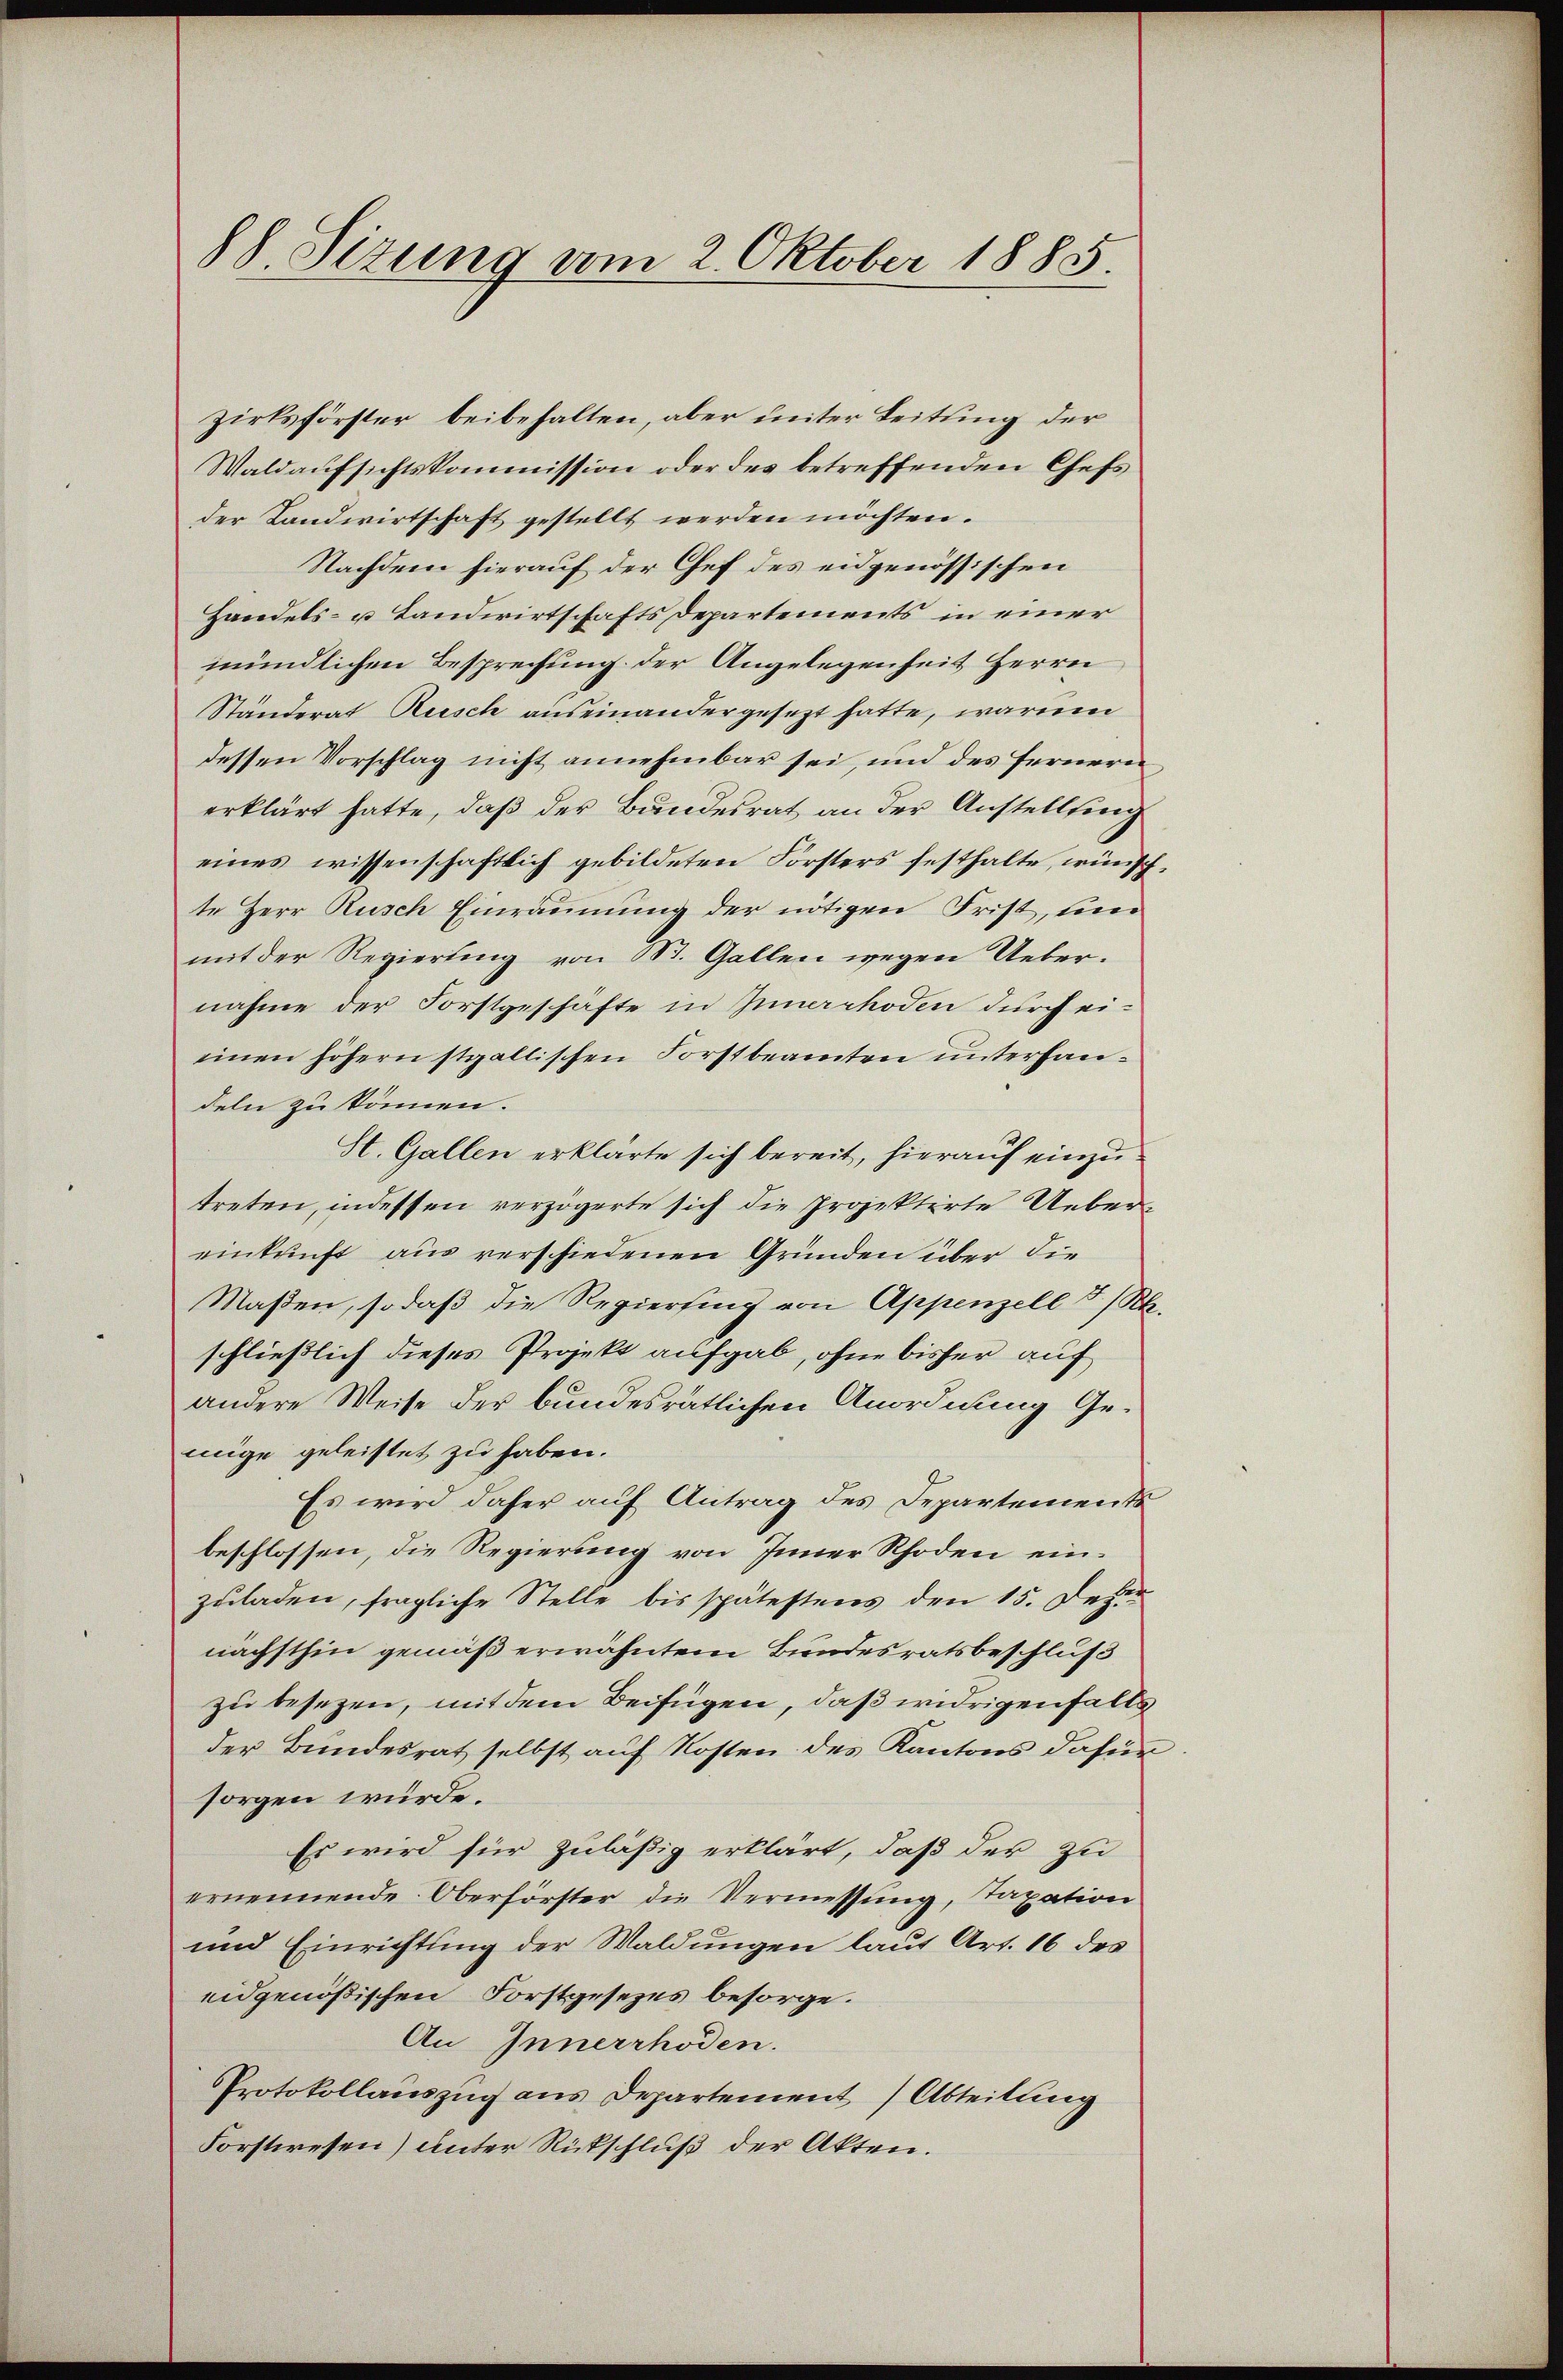
88. Sizung am 2. Oktober 1885.

zirksförster beibehalten, aber unter Leitung der
Waldaufsichtskommission oder des betreffenden Chefs
der Landwirtschaft gestellt werden möchten.
Nachdem hierauf der Chef des eidgenössischen
Handels- u Landwirtschafts Departements in einer
mündlichen Besprechung der Angelegenheit Herrn
Ständerat Reisch auseinandergesezt hatte, warum
dessen Vorschlag nicht annehmbar sei, und des fernern
erklärt hatte, daß der Bundesrat an der Anstellung
eines wissenschaftlich gebildeten Forsters festhalte, wünschte Herr Rusch Einräumung der nötigen Frist, um
mit der Regierung von St. Gallen wegen Uebernahme der Forstgeschäfte in Innerrhoden durch eieinen höhern stgallischen Forstbeamten unterhandeln zu können.
St. Gallen erklärte sich bereit, hierauf einzutreten, indessen verzögerte sich die Projektirte Uebereinkunft aus verschiedenen Gründen über die
Maßen, sodaß die Regierfing von Appenzell I/Rh.
schließlich dieses Projekt aufgab, ohne bisher auf
andere Weise der bundesrätlichen Anordnung Gemige geleistet zu haben.
Es wird daher auf Antrag des Departements
beschlossen, die Regierung von Appenzell einzuladen, fragliche Stelle bis spätestens den 15. Jezer
nächsthin gemäß erwähntem Bundesratsbeschluß
zu besezen, mit dem Beifügen, daß widrigenfalls
der Bundesrat selbst auf Kosten des Kantons dafür
sorgen würde.
Es wird für zuläßig erklärt, daß der zu
ernennende Oberförster die Vermessung, Taxation
und Einrichtung der Waldungen laut Art. 16 des
eidgenößischen Forstgesezes besorge.
An Innerrhoden.
Protokollauszug aus Departement Abteilung
Forstwesen) unter Rückschluß der Akten.